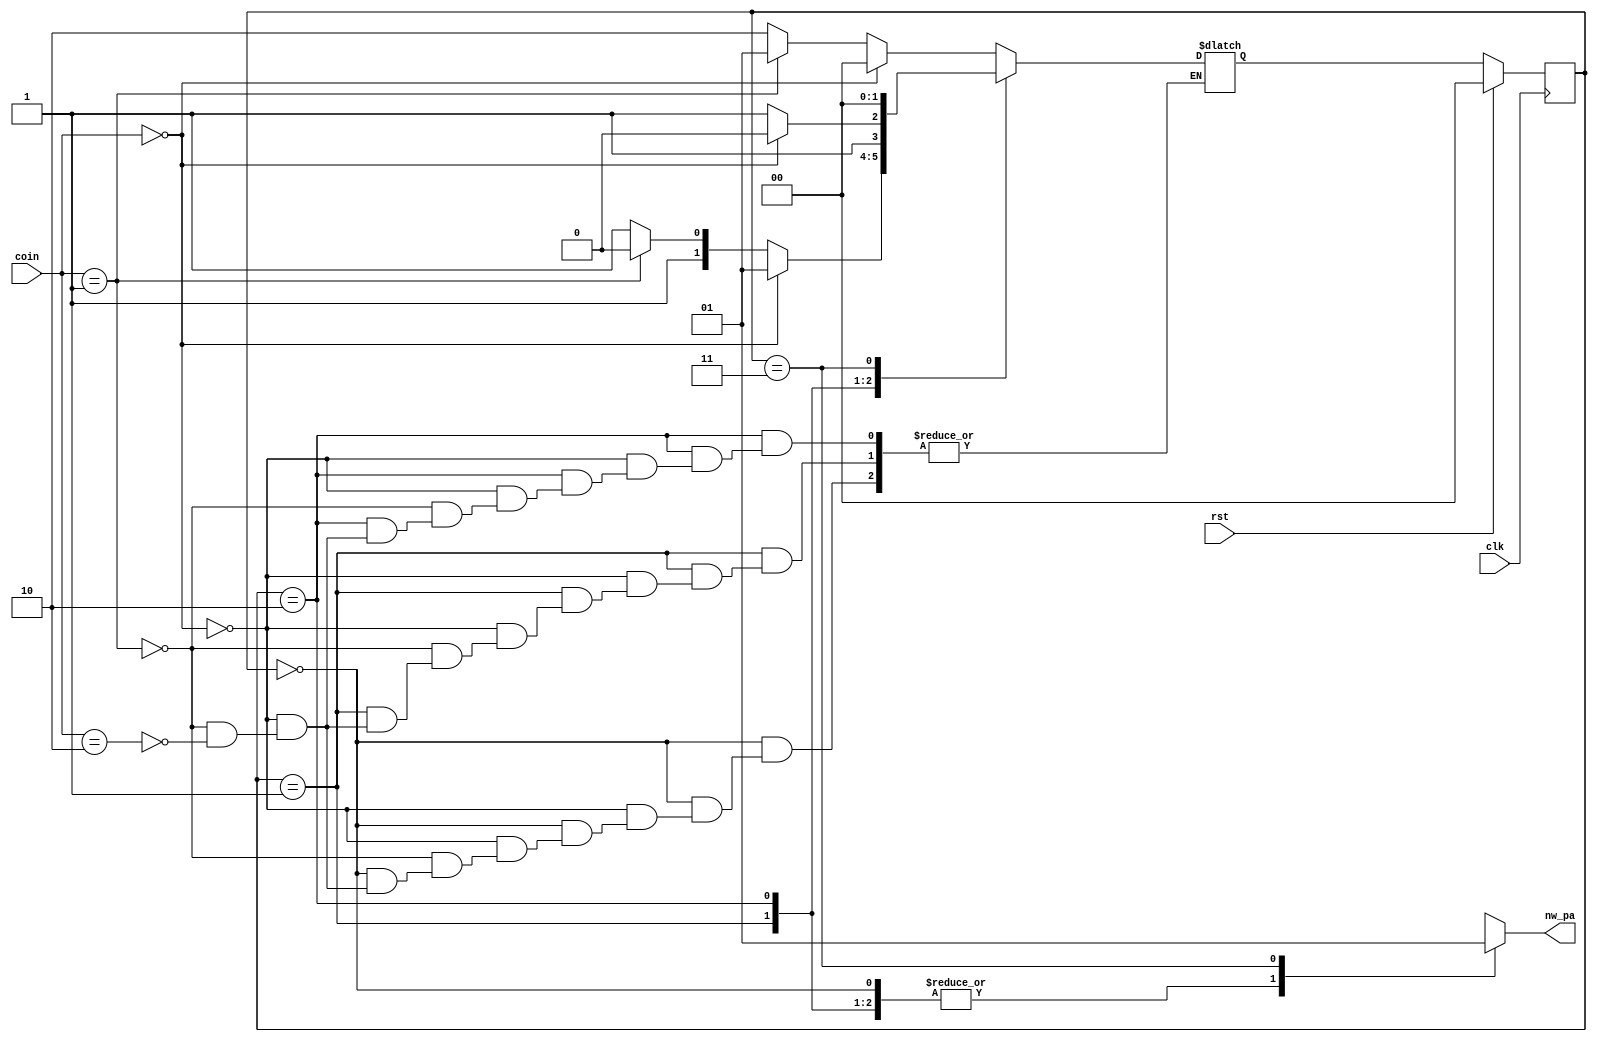
module vending_machine(nw_pa,clk,coin,rst);

   output reg nw_pa;
   input [1:0] coin;
   input       clk,rst;
   reg [1:0]   state;
   reg [1:0]   next_state;


   parameter [1:0] s0=2'b00;
   parameter [1:0] s5=2'b01;
   parameter [1:0] s10=2'b10;
   parameter [1:0] s15=2'b11;


   always @(posedge clk)
     begin
       if (rst)
         state=s0;
       else
         state=next_state;
     end


   always @(state,coin)
     begin
    case (state)
     s0:
        begin
           if (coin==2'b00)
        next_state=s0;
           else
       if (coin==2'b01)
          next_state=s5;
       else
         if (coin==2'b10)
          next_state=s10;
        end
       s5:
          begin
       if (coin==2'b00)
          next_state=s5;
       else
         if (coin==2'b01)
            next_state=s10;
         else
           if (coin==2'b10)
             next_state=s15;
             end
       s10:
          begin
           if (coin==2'b00)
        next_state=s10;
           else
       if (coin==2'b01)
          next_state=s15;
       else
        if (coin==2'b10)
            next_state=s15;  
           end
       s15:
          begin
       next_state=s0;
          end
       default : next_state=s0;
   
    endcase // case (state)
     end // always @ (state,next_state)


   always @(state)
 begin
   case (state)
      s0 : nw_pa<=1'b0;
      s5 : nw_pa<=1'b0;
      s10: nw_pa<=1'b0;
      s15: nw_pa<=1'b1;
    default: nw_pa<=1'b0;
   endcase // case (state)
 end
 
endmodule